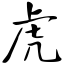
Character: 虎